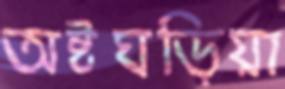
অষ্টঘড়িয়া